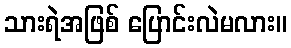
သားရဲအဖြစ် ပြောင်းလဲမလား။